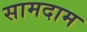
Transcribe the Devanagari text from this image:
सामदाम